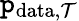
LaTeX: \mathtt{p}_{\mathrm{{data}},\mathcal{{T}}}